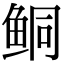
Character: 鲖